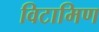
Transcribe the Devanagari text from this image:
विटामिण